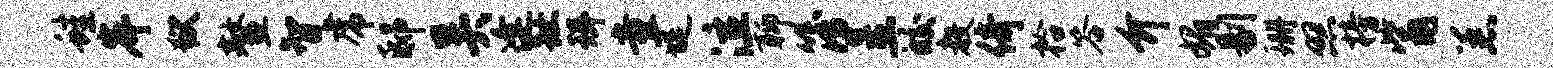
蛙岸狱鳌智虎邸吴逢趾珥童堤泣聊簿呈皎教倚拾答介媚剔珊照榜觜恙